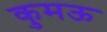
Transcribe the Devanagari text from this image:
कुमऊ